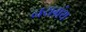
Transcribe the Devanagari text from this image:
नयग्रंथ